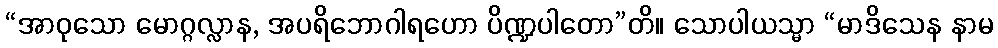
“အာဝုသော မောဂ္ဂလ္လာန, အပရိဘောဂါရဟော ပိဏ္ဍပါတော”တိ။ သောပါယသ္မာ “မာဒိသေန နာမ